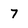
Character: 7